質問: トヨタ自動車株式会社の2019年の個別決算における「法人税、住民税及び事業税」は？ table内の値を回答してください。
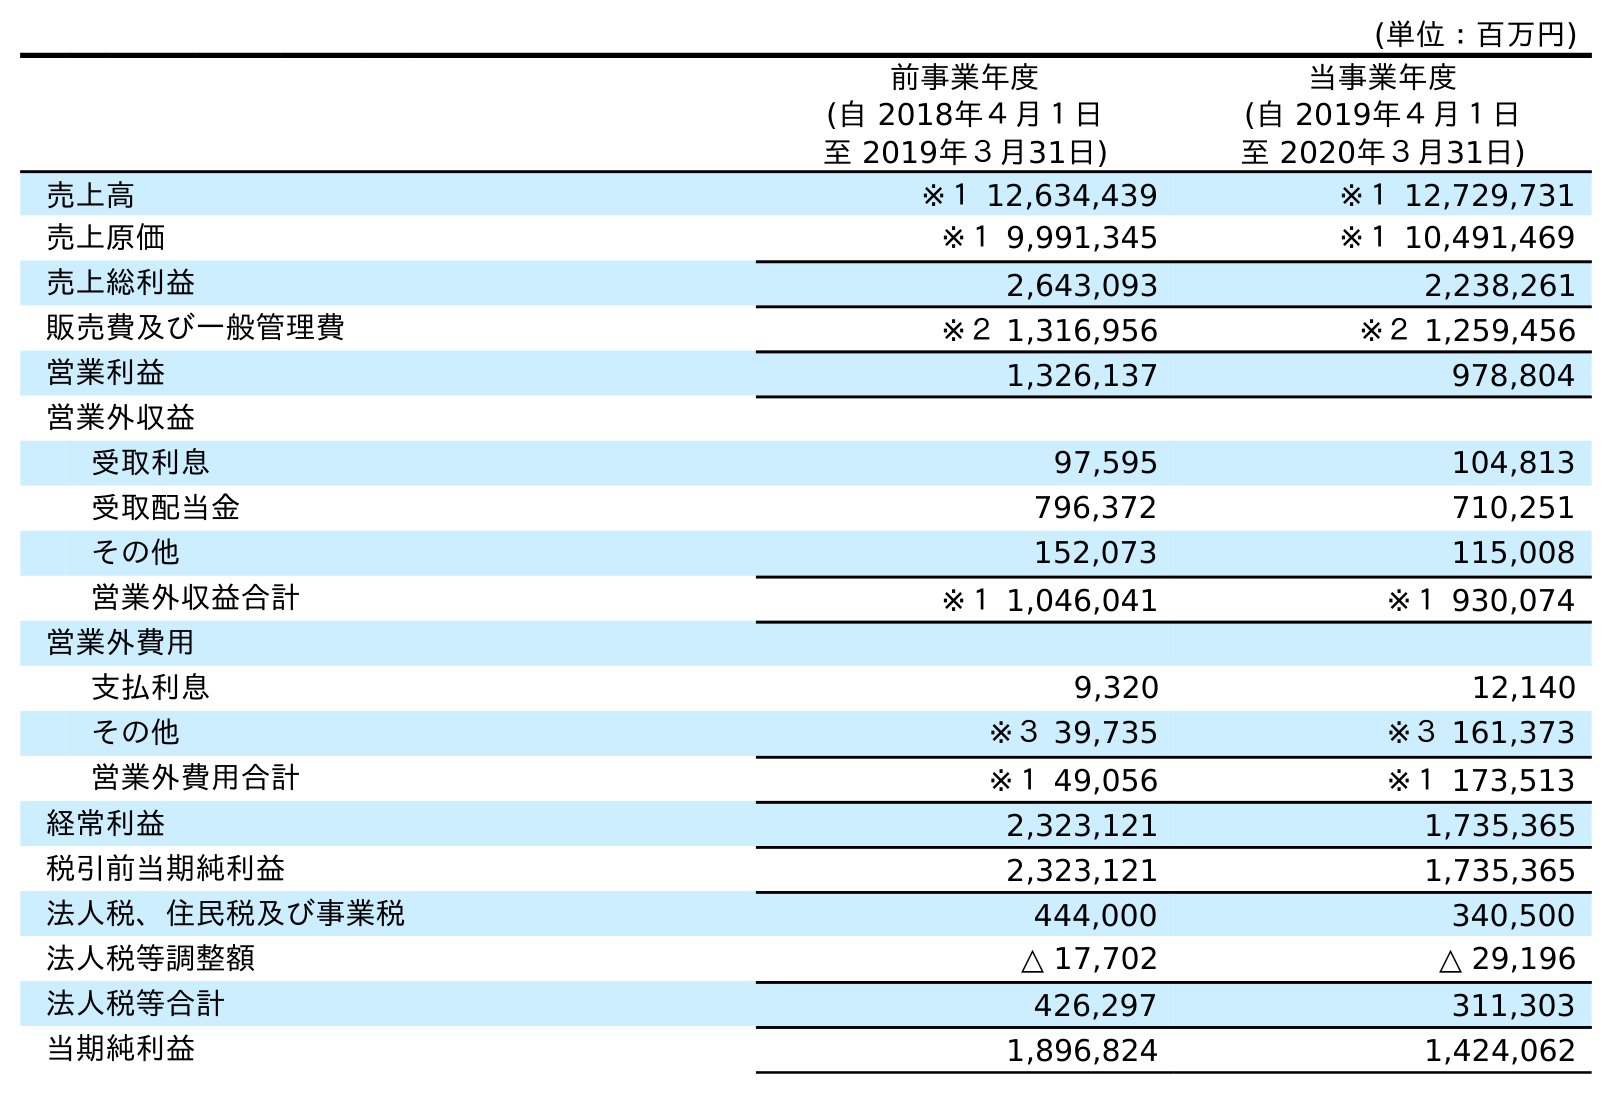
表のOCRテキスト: (単位：百万円) 前事業年度 (自 2018年４月１日 至 2019年３月31日) 当事業年度 (自 2019年４月１日 至 2020年３月31日) 売上高 ※１ 12,634,439 ※１ 12,729,731 売上原価 ※１ 9,991,345 ※１ 10,491,469 売上総利益 2,643,093 2,238,261 販売費及び一般管理費 ※２ 1,316,956 ※２ 1,259,456 営業利益 1,326,137 978,804 営業外収益 受取利息 97,595 104,813 受取配当金 796,372 710,251 その他 152,073 115,008 営業外収益合計 ※１ 1,046,041 ※１ 930,074 営業外費用 支払利息 9,320 12,140 その他 ※３ 39,735 ※３ 161,373 営業外費用合計 ※１ 49,056 ※１ 173,513 経常利益 2,323,121 1,735,365 税引前当期純利益 2,323,121 1,735,365 法人税、住民税及び事業税 444,000 340,500 法人税等調整額 △ 17,702 △ 29,196 法人税等合計 426,297 311,303 当期純利益 1,896,824 1,424,062
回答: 444,000